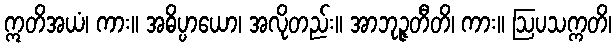
ဣတိအယံ၊ ကား။ အဓိပ္ပာယော၊ အလိုတည်း။ အာဘုဉ္ဇတီတိ၊ ကား။ ဩပသက္ကတိ၊